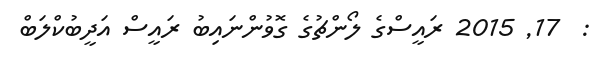
:  17